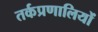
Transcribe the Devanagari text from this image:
तर्कप्रणालियों